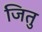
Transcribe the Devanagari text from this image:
जितु